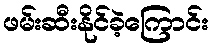
ဖမ်းဆီးနိုင်ခဲ့ကြောင်း